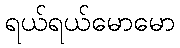
ရယ်ရယ်မောမော